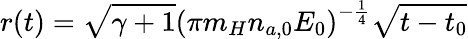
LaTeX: r(t)=\sqrt{\gamma+1}\left(\pi m_{H}n_{a,0}E_{0}\right)^{-\frac{1}{4}}\sqrt{t-t_{0}}